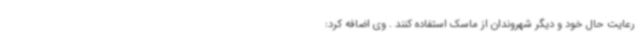
رعایت حال خود و دیگر شهروندان از ماسک استفاده کنند . وی اضافه کرد: